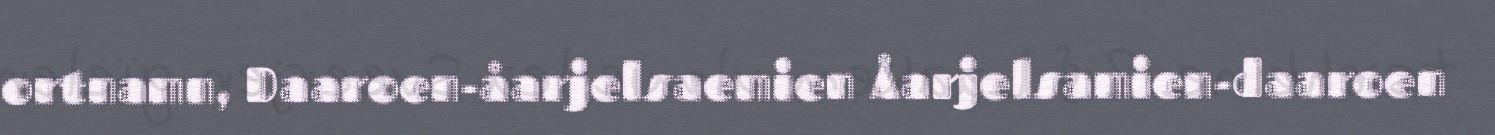
ortnamn, Daaroen-åarjelsaemien Åarjelsamien-daaroen